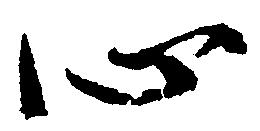
心